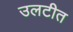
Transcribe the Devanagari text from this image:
उलटीत